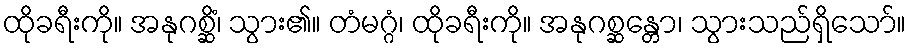
ထိုခရီးကို။ အနုဂစ္ဆိံ၊ သွား၏။ တံမဂ္ဂံ၊ ထိုခရီးကို။ အနုဂစ္ဆန္တော၊ သွားသည်ရှိသော်။